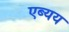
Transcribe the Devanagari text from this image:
एब्यय